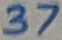
Text: 37